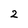
Character: 2